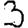
Digit: 3